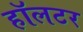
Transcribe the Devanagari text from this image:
हॉलटर